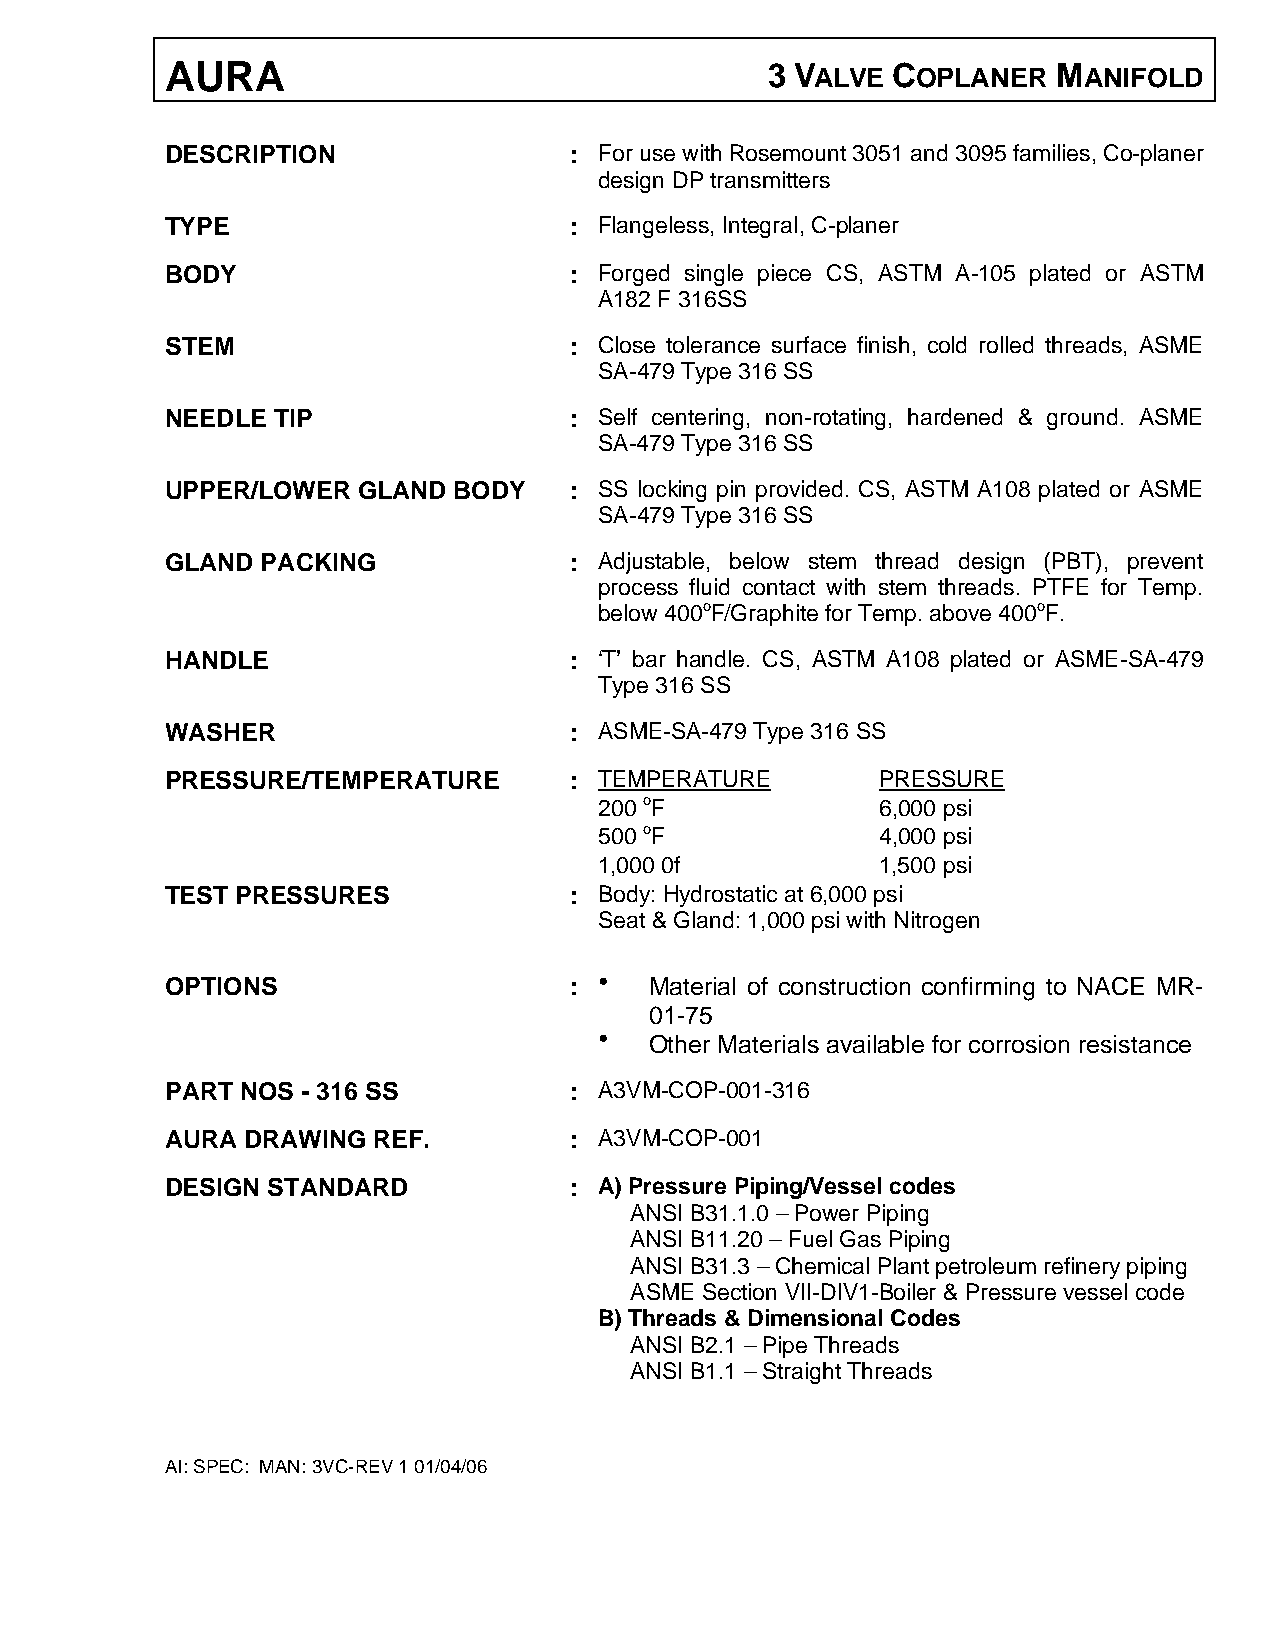
SECTION           III
 QUALITY
 TOTAL     QUALITY       PROGRAM
 TYPICAL      QUALITY       PLAN
 AI: SPEC: MAN: QAP: REV 1 01/04/06